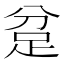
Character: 𮛍